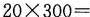
$$2 0 \times 3 0 0 =$$